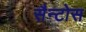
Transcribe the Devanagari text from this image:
सैन्टोस